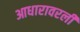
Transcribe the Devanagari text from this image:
आधारावरली